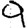
Digit: 9